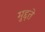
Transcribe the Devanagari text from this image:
मुद्दते